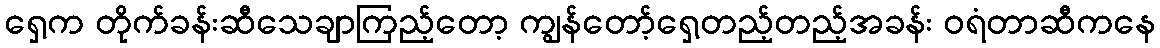
ရှေ့က တိုက်ခန်းဆီသေချာကြည့်တော့ ကျွန်တော့်ရှေ့တည့်တည့်အခန်း ဝရံတာဆီကနေ